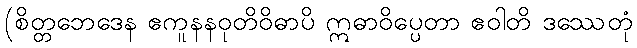
(စိတ္တဘေဒေန ဧကူနနဝုတိဝိဓာပိ ဣဓာဝိပ္ပေတာ ဧဝါတိ ဒဿေတုံ